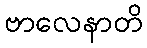
ဗာလေနာတိ